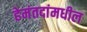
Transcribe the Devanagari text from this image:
हेमंतदांमधील